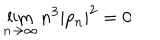
\lim _ { n \rightarrow \infty } n ^ { 3 } | p _ { n } | ^ { 2 } = 0